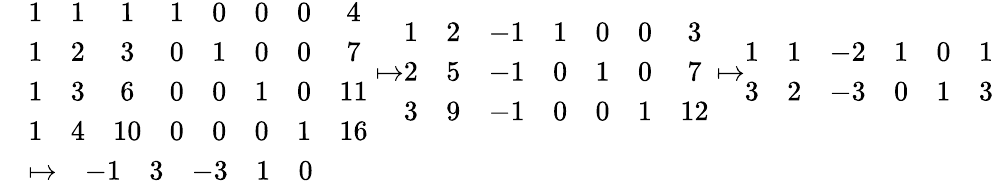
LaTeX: \begin{array}{rl}&{\begin{array}{cccccccc}{1}&{1}&{1}&{1}&{0}&{0}&{0}&{4}\\ {1}&{2}&{3}&{0}&{1}&{0}&{0}&{7}\\ {1}&{3}&{6}&{0}&{0}&{1}&{0}&{11}\\ {1}&{4}&{10}&{0}&{0}&{0}&{1}&{16}\end{array}\mapsto\begin{array}{ccccccc}{1}&{2}&{-1}&{1}&{0}&{0}&{3}\\ {2}&{5}&{-1}&{0}&{1}&{0}&{7}\\ {3}&{9}&{-1}&{0}&{0}&{1}&{12}\end{array}\mapsto\begin{array}{cccccc}{1}&{1}&{-2}&{1}&{0}&{1}\\ {3}&{2}&{-3}&{0}&{1}&{3}\end{array}}\\ &{\mapsto\begin{array}{cccccc}&{-1}&{3}&{-3}&{1}&{0}\end{array}}\end{array}